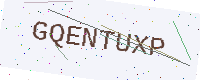
Text: GQENTUXP